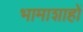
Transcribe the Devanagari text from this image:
भामाशाहों